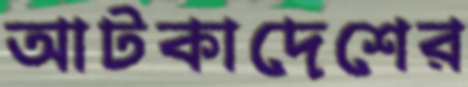
আটকাদেশের